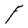
Character: F